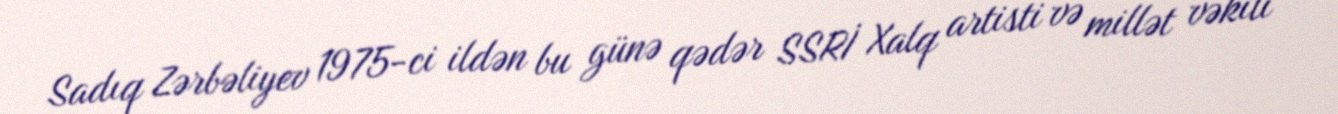
Sadıq Zərbəliyev 1975-ci ildən bu günə qədər SSRİ Xalq artisti və millət vəkili